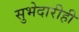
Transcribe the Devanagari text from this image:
सुभेदारीही